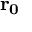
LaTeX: \mathbf { r _ { 0 } }